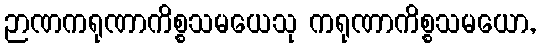
ဉာဏကရုဏာကိစ္စသမယေသု ကရုဏာကိစ္စသမယော,